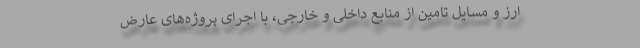
ارز و مسایل تامین از منابع داخلی و خارجی، با اجرای پروژه‌های عارض